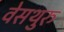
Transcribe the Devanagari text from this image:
वेसथुरु